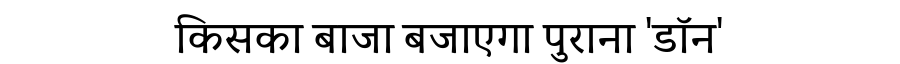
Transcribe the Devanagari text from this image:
किसका बाजा बजाएगा पुराना 'डॉन'